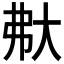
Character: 𡗻